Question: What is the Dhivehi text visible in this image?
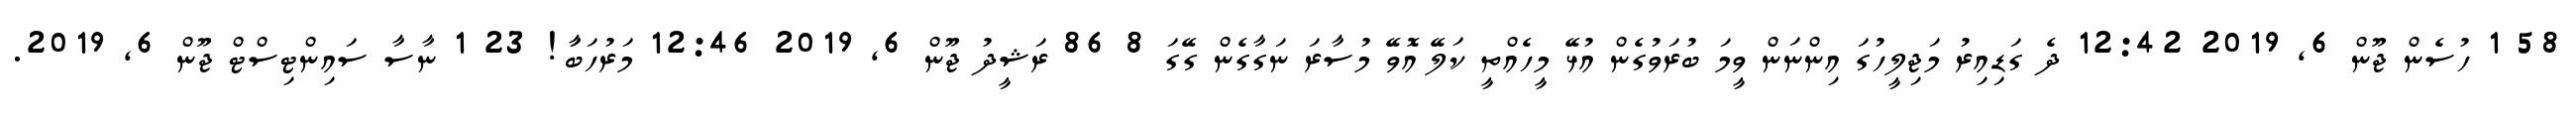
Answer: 58 1 ހުސެން ޖޫން 6, 2019 12:42 ދެ ގަޑިއިރު މަޖިލީހުގަ އިންނަން ވީމަ ބުރަވުގެން އުޅޭ މީހެއްތީ ކަލޭ އޮވޭ މުސާރަ ނަގާގެން ގޭގަ 8 86 ރަޝީދު ޖޫން 6, 2019 12:46 މަރުހަބާަ! 23 1 ނާސާ ސައިންޓިސްޓް ޖޫން 6, 2019.